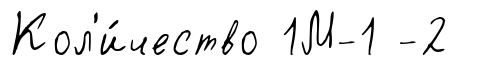
Кол'и́чество 1М-1 -2